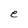
Character: e